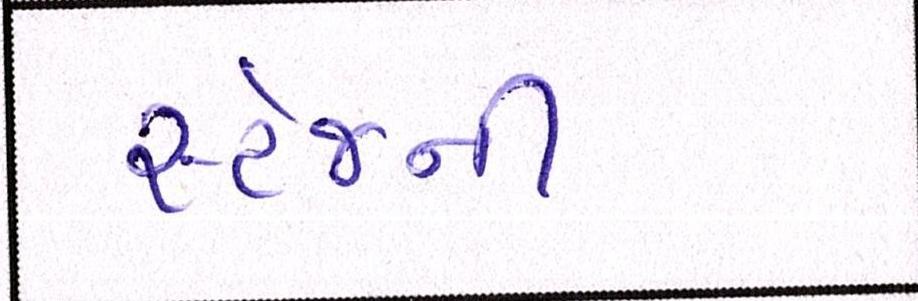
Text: સ્ટેજની